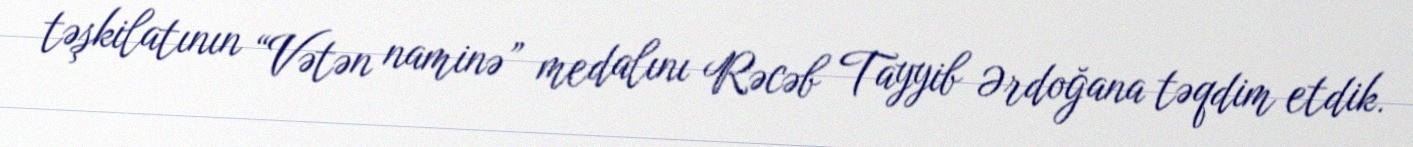
təşkilatının “Vətən naminə” medalını Rəcəb Tayyib Ərdoğana təqdim etdik.